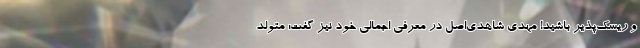
و ریسک‌پذیر باشید! مهدی شاهدی‌اصل در معرفی اجمالی خود نیز گفت: متولد